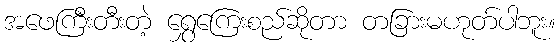
အဖေကြီးတီးတဲ့ ရွှေကြေးစည်ဆိုတာ တခြားမဟုတ်ပါဘူး။